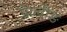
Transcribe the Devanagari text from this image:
पेय्चीङ